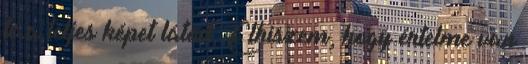
te a teljes képet látod. Elhiszem, hogy értelme van